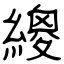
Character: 繌